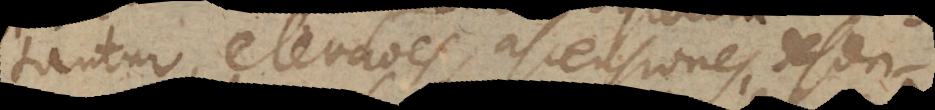
tantur, elevationes, ascensiones, descen-